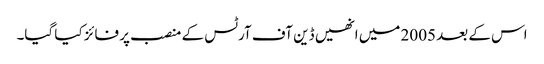
اس کے بعد 2005 میں انھیں ڈین آف آرٹس کے منصب پر فائز کیا گیا۔